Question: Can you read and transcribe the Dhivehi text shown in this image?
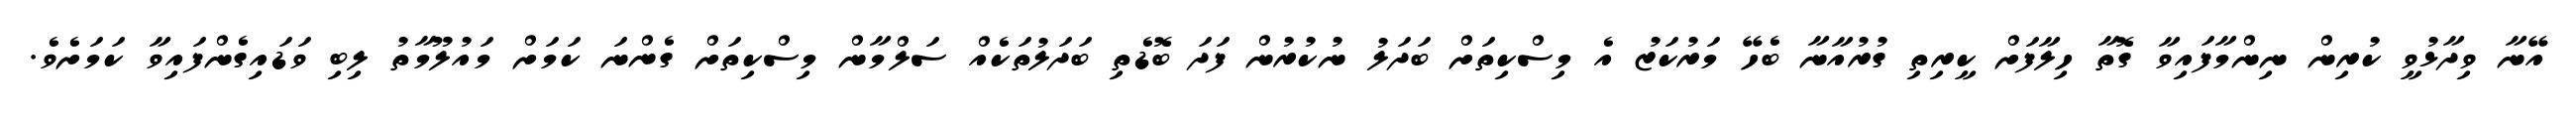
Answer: އޭނާ ވިދާޅުވީ ކުރިން ނިންމާފައިވާ ގޮތާ ހިލާފަށް ކީރިތި ގުރުއާނާ ބެހޭ މަރުކަޒު އެ މިސްކިތަށް ބަދަލު ނުކުރުން ފަދަ ބޮޑެތި ބަދަލުތަކެއް ސަލްމާން މިސްކިތަށް ގެންނަ ކަމަށް މައުލޫމާތު ލިބި ވަޑައިގެންފައިވާ ކަމަށެވެ.